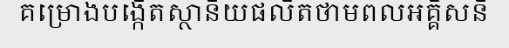
គម្រោងបង្កើតស្ថានីយផលិតថាមពលអគ្គិសនី